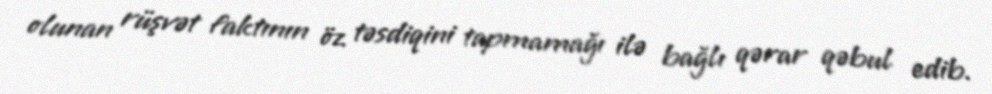
olunan rüşvət faktının öz təsdiqini tapmamağı ilə bağlı qərar qəbul edib.